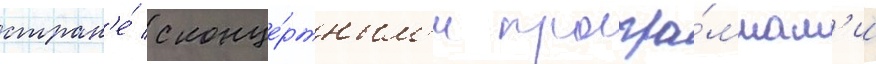
стран'е́ с конце́ртным'и програ́ммам'и